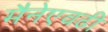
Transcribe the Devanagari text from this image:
मैनेएवढी